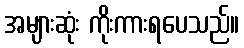
အများဆုံး ကိုးကားရပေသည်။